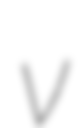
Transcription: v